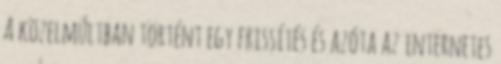
A közelmúltban történt egy frissítés és azóta az internetes